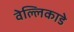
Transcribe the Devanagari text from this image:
वेल्लिकाडे